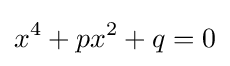
x^{4}+px^{2}+q=0